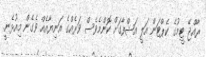
ރާއްޖޭ ޓީމުގެ ކެޕްޓަން އަލީ އަޝްފާގަށް ކޮންމެވެސް ވަރެއްގެ އަނިޔާއެއް ވެގެން މިއުޅެނީ.